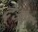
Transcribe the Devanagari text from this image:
देअर्